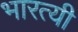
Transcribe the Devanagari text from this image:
भारत्यी